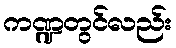
ကဏ္ဍတွင်လည်း